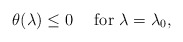
\begin{align*}\theta(\lambda)\leq 0~~~~\mbox{for}~\lambda=\lambda_0,\end{align*}